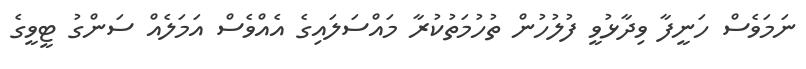
ނަމަވެސް ހަނީފާ ވިދާޅުވީ ފުލުހުން ތުހުމަތުކުރާ މައްސަލައިގެ އެއްވެސް އަމަލެއް ސަންގު ޓީވީގެ